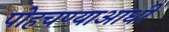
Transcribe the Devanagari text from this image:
पोहचण्याआधी